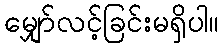
မျှော်လင့်ခြင်းမရှိပါ။